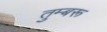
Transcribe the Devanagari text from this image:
तुम्बरू